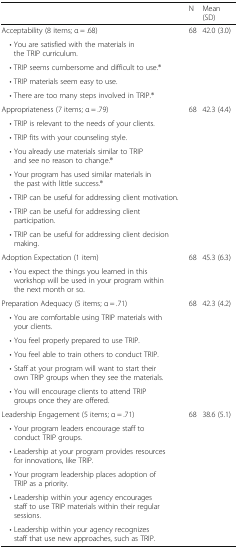
<table><thead><tr><td></td><td><b>N</b></td><td><b>Mean (SD)</b></td></tr></thead><tbody><tr><td>Acceptability (8 items; α = .68)</td><td>68</td><td>42.0 (3.0)</td></tr><tr><td> • You are satisfied with the materials in the TRIP curriculum.</td><td rowspan="4"></td><td rowspan="4"></td></tr><tr><td> • TRIP seems cumbersome and difficult to use.®</td></tr><tr><td> • TRIP materials seem easy to use.</td></tr><tr><td> • There are too many steps involved in TRIP.®</td></tr><tr><td>Appropriateness (7 items; α = .79)</td><td>68</td><td>42.3 (4.4)</td></tr><tr><td> • TRIP is relevant to the needs of your clients.</td><td rowspan="7"></td><td rowspan="7"></td></tr><tr><td> • TRIP fits with your counseling style.</td></tr><tr><td> • You already use materials similar to TRIP and see no reason to change.®</td></tr><tr><td> • Your program has used similar materials in the past with little success.®</td></tr><tr><td> • TRIP can be useful for addressing client motivation.</td></tr><tr><td> • TRIP can be useful for addressing client participation.</td></tr><tr><td> • TRIP can be useful for addressing client decision making.</td></tr><tr><td>Adoption Expectation (1 item)</td><td>68</td><td>45.3 (6.3)</td></tr><tr><td> • You expect the things you learned in this workshop will be used in your program within the next month or so.</td><td></td><td></td></tr><tr><td>Preparation Adequacy (5 items; α = .71)</td><td>68</td><td>42.3 (4.2)</td></tr><tr><td> • You are comfortable using TRIP materials with your clients.</td><td rowspan="4"></td><td rowspan="4"></td></tr><tr><td> • You feel properly prepared to use TRIP.</td></tr><tr><td> • You feel able to train others to conduct TRIP.</td></tr><tr><td> • Staff at your program will want to start their own TRIP groups when they see the materials.</td></tr><tr><td> • You will encourage clients to attend TRIP groups once they are offered.</td><td></td><td></td></tr><tr><td>Leadership Engagement (5 items; α = .71)</td><td>68</td><td>38.6 (5.1)</td></tr><tr><td> • Your program leaders encourage staff to conduct TRIP groups.</td><td rowspan="5"></td><td rowspan="5"></td></tr><tr><td> • Leadership at your program provides resources for innovations, like TRIP.</td></tr><tr><td> • Your program leadership places adoption of TRIP as a priority.</td></tr><tr><td> • Leadership within your agency encourages staff to use TRIP materials within their regular sessions.</td></tr><tr><td> • Leadership within your agency recognizes staff that use new approaches, such as TRIP.</td></tr></tbody></table>